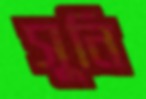
সুনি